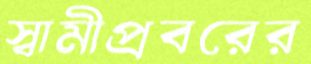
স্বামীপ্রবরের